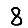
Digit: 8